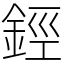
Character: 鋞